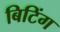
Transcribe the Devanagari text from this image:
बिटिंग